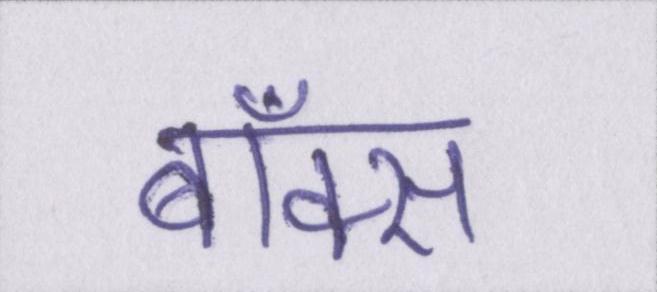
बॉक्स